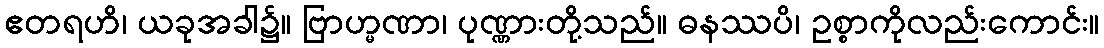
ဧတရဟိ၊ ယခုအခါ၌။ ဗြာဟ္မဏာ၊ ပုဏ္ဏားတို့သည်။ ဓနဿပိ၊ ဥစ္စာကိုလည်းကောင်း။